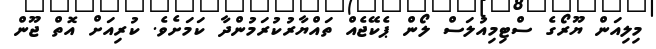
މިލިއަން ޔޫރޯގެ ސްޓިމިއުލަސް ލޯން ޕެކޭޖެއް ތައްޔާރުކުރަމުންދާ ކަމަށެވެ. ކުރިއަށް އޮތް ޖޫން